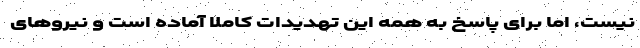
نیست، اما برای پاسخ به همه این تهدیدات کاملاً آماده است و نیروهای